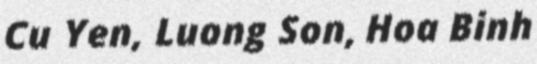
Cu Yen, Luong Son, Hoa Binh